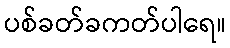
ပစ်ခတ်ခကတ်ပါရေ။